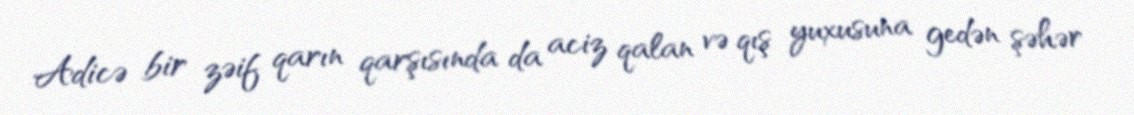
Adicə bir zəif qarın qarşısında da aciz qalan və qış yuxusuna gedən şəhər